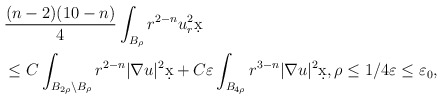
\begin{align*}&\frac{(n-2)(10-n)}{4} \int_{B_{\rho}} r^{2-n} u_r^2 \d x \\& \leq C \int_{B_{2\rho} \setminus B_{\rho}} r^{2-n} |\nabla u|^2 \d x + C \varepsilon \int_{B_{4\rho}} r^{3-n} |\nabla u|^2 \d x, \rho \leq 1/4 \varepsilon \leq \varepsilon_0,\end{align*}